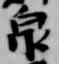
泉